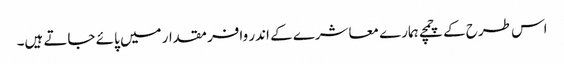
اس طرح کے چمچے ہمارے معاشرے کے اندر وافر مقدار میں پائے جاتے ہیں۔